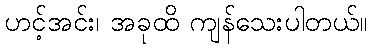
ဟင့်အင်း၊ အခုထိ ကျန်သေးပါတယ်။